Lunatic asylums Madras 1877-1891 - 1877-1891
Year: 1877
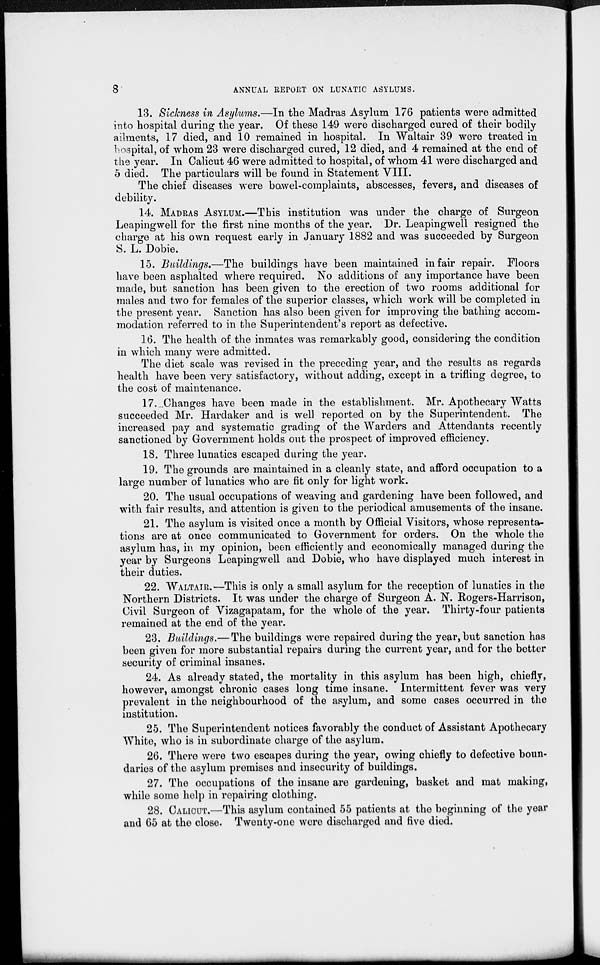
8
ANNUAL REPORT ON LUNATIC ASYLUMS.
13. Sickness in Asylums.—In the Madras Asylum 176 patients were admitted
into hospital during the year. Of these 149 were discharged cured of their bodily
ailments, 17 died, and 10 remained in hospital. In Waltair 39 were treated in
hospital, of whom 23 were discharged cured, 12 died, and 4 remained at the end of
the year. In Calicut 46 were admitted to hospital, of whom 41 were discharged and
5 died. The particulars will be found in Statement VIII.
The chief diseases were bawel-complaints, abscesses, fevers, and diseases of
debility.
14. MADRAS ASYLUM.—This institution was under the charge of Surgeon
Leapingwell for the first nine months of the year. Dr. Leapingwell resigned the
charge at his own request early in January 1882 and was succeeded by Surgeon
S. L. Dobie.
15. Buildings.—The buildings have been maintained in fair repair. Floors
have been asphalted where required. No additions of any importance have been
made, but sanction has been given to the erection of two rooms additional for
males and two for females of the superior classes, which work will be completed in
the present year. Sanction has also been given for improving the bathing accom-
modation referred to in the Superintendent's report as defective.
16. The health of the inmates was remarkably good, considering the condition
in which many were admitted.
The diet scale was revised in the preceding year, and the results as regards
health have been very satisfactory, without adding, except in a trifling degree, to
the cost of maintenance.
17. Changes have been made in the establishment. Mr. Apothecary Watts
succeeded Mr. Hardaker and is well reported on by the Superintendent. The
increased pay and systematic grading of the Warders and Attendants recently
sanctioned by Government holds out the prospect of improved efficiency.
18. Three lunatics escaped during the year.
19. The grounds are maintained in a cleanly state, and afford occupation to a
large number of lunatics who are fit only for light work.
20. The usual occupations of weaving and gardening have been followed, and
with fair results, and attention is given to the periodical amusements of the insane.
21. The asylum is visited once a month by Official Visitors, whose representa-
tions are at once communicated to Government for orders. On the whole the
asylum has, in my opinion, been efficiently and economically managed during the
year by Surgeons Leapingwell and Dobie, who have displayed much interest in
their duties.
22. WALTAIR.—This is only a small asylum for the reception of lunatics in the
Northern Districts. It was under the charge of Surgeon A. N. Rogers-Harrison,
Civil Surgeon of Vizagapatam, for the whole of the year. Thirty-four patients
remained at the end of the year.
23. Buildings.— The buildings were repaired during the year, but sanction has
been given for more substantial repairs during the current year, and for the better
security of criminal insanes.
24. As already stated, the mortality in this asylum has been high, chiefly,
however, amongst chronic cases long time insane. Intermittent fever was very
prevalent in the neighbourhood of the asylum, and some cases occurred in the
institution.
25. The Superintendent notices favorably the conduct of Assistant Apothecary
White, who is in subordinate charge of the asylum,
26. There were two escapes during the year, owing chiefly to defective boun-
daries of the asylum premises and insecurity of buildings.
27. The occupations of the insane are gardening, basket and mat making,
while some help in repairing clothing,
28. CALICUT.—This asylum contained 55 patients at the beginning of the year
and 65 at the close. Twenty-one were discharged and five died.